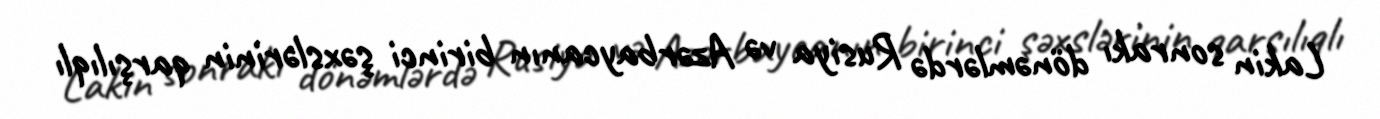
Lakin sonrakı dönəmlərdə Rusiya və Azərbaycanın birinci şəxslərinin qarşılıqlı